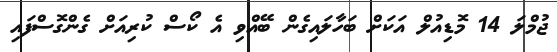
ޖުމްލަ 14 މޮޑިއުލް އަކަށް ބަހާލައިގެން ބޭއްވި އެ ކޯސް ކުރިއަށް ގެންގޮސްފައި